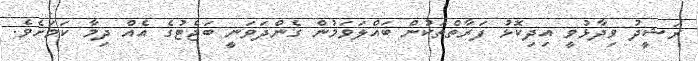
ރަޝީދު ވިދާޅުވީ އިދިކޮޅު ފަރާތްތަކުން ބައްލަވަމުން ގެންދަވަނީ ބަޖެޓުގެ އެއް ދިމާ ކަމަށެވެ.